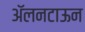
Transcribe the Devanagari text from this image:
ॲलनटाऊन